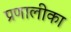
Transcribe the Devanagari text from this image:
प्रणालीका